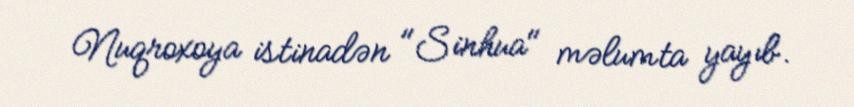
Nuqroxoya istinadən "Sinhua" məlumta yayıb.